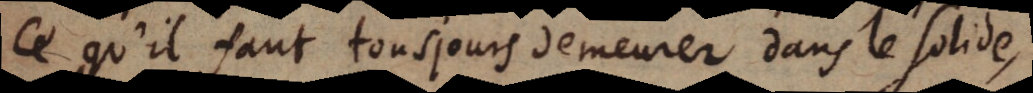
ce qu’il faut tousjours demeurer dans le solide,